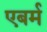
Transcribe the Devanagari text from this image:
एबर्म